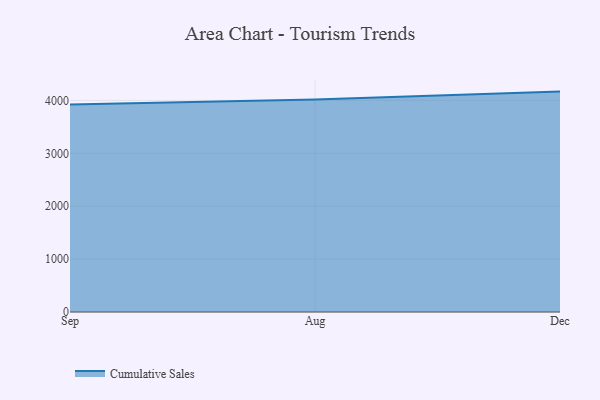
{"axis": {"x": "Month", "y": "Revenue (USD Million)"}, "legend": ["Cumulative Sales"], "data": [{"x": "Sep", "y": 3924.7, "type": "Cumulative Sales"}, {"x": "Aug", "y": 4016.9, "type": "Cumulative Sales"}, {"x": "Dec", "y": 4166.7, "type": "Cumulative Sales"}]}